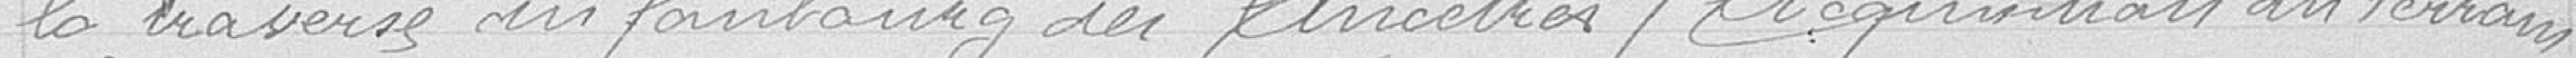
la traversée du faubourg des ancêtres (acquisition du terrain